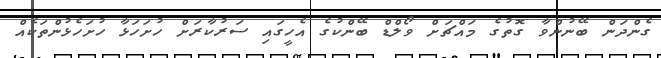
ގެންދަން ބޭނުންވާ ގޮތުގެ މައްޗަށް ވޯލްޑް ބޭންކުގެ އެހީގައި ސަރުކާރަށް ހުށަހަޅާ ހުށަހެޅުންތަކެއް